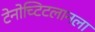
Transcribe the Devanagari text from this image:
टेनोच्टिटलानला